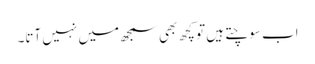
اب سوچتے ہیں تو کچھ بھی سمجھ میں نہیں آتا۔